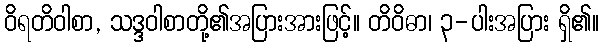
ဝိရတိဝါစာ, သဒ္ဒဝါစာတို့၏အပြားအားဖြင့်။ တိဝိဓာ၊ ၃-ပါးအပြား ရှိ၏။